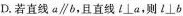
D.若直线\alpha \parallel b，且直线l\perp \alpha ，则l\perp b